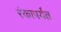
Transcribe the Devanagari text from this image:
रंकापर्यंत